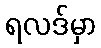
ရလဒ်မှာ